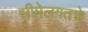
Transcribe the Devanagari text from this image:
सीमेलगतचे